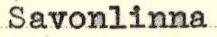
Savonlinna